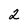
Character: 2